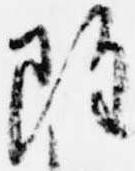
雖